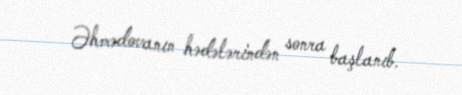
Əhmədovanın hədələrindən sonra başlanıb.